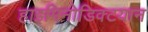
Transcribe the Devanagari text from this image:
हाइमिनोडिक्टयान